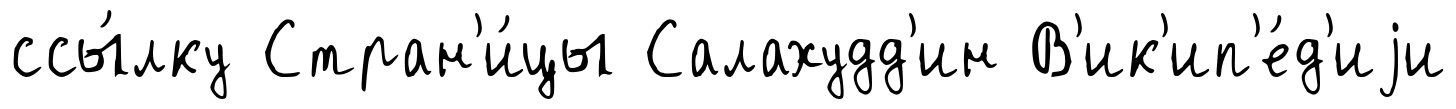
ссы́лку Стран'и́цы Салахудд'ин В'ик'ип'е́д'иjи